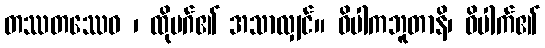
တဿတဿေဝ ၊ ထိုမဂ်၏ အသာလျှင်။ ဝိပါကဘူတာနိ၊ ဝိပါက်၏